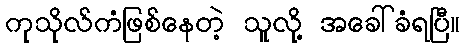
ကုသိုလ်ကံဖြစ်နေတဲ့ သူလို့ အခေါ်ခံရပြီ။